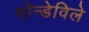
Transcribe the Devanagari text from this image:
मोन्डेविले